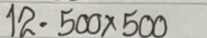
12 = 500 x 500